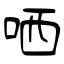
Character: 哂